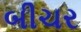
બીચર